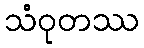
သံဝုတဿ